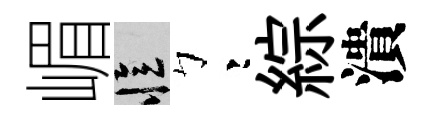
嵋忆彎綜潰